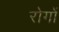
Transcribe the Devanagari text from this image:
रोगाें